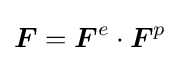
{\boldsymbol {F}}={\boldsymbol {F}}^{e}\cdot {\boldsymbol {F}}^{p}